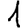
Digit: 1